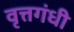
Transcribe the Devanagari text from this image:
वृत्तगंधी